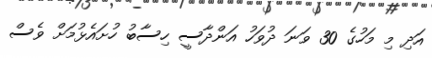
އަދި މި މަހުގެ 30 ވަނަ ދުވަހު އަންދާސީ ހިސާބު ހުށައެޅުމަށް ވެސް